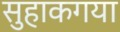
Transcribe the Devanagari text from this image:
सुहाकगया